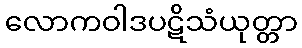
လောကဝါဒပဋိသံယုတ္တာ